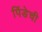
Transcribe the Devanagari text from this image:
पिंडेची